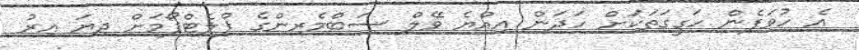
އެ ހުވަފެން ހަގީގަތަކަށް ހަދަން އިއްޔެ ވޭލް ސަބްމެރިންގެ ޕްލެޓްފޯމަށް ދިޔަ އިރު